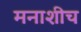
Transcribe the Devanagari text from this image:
मनाशीच